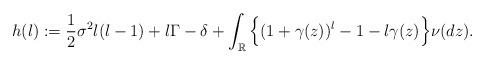
LaTeX: \begin{align*}h(l):=\frac{1}{2}\sigma^2l(l-1)+l\Gamma-\delta+\int_\mathbb{R}\Big\{(1+\gamma(z))^l-1-l\gamma(z)\Big\}\nu(dz).\end{align*}